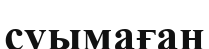
суымаған